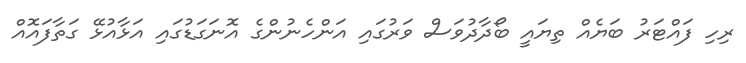
ރިހި ފައްޓަރުުުުުުުުުުުުުުުުުުުުުުުުުުުުުުުުުުުުުުުުުުުުުުުުުުު ބަޔެއް ތިޔައީ ބޯދާދުވަސް ވަރުގައި އަންހެނުންގެ އޮނަގަޑުގައި އަޅާއުޅޭ ގަތާފައޮއް